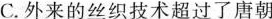
C.外来的丝织技术超过了唐朝